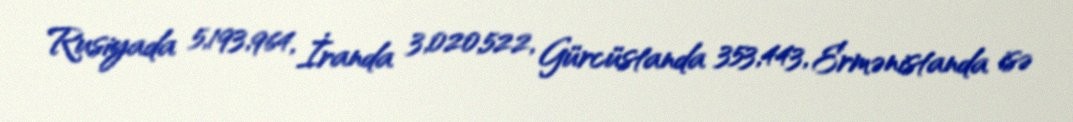
Rusiyada 5,193,964, İranda 3,020,522, Gürcüstanda 353,443, Ermənistanda isə